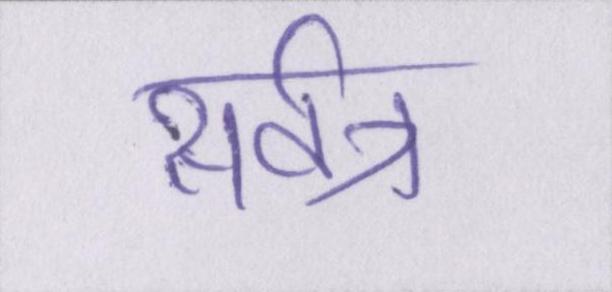
सर्वत्र